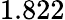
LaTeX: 1.822